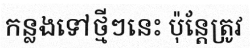
កន្លងទៅថ្មីៗនេះ ប៉ុន្តែត្រូវ